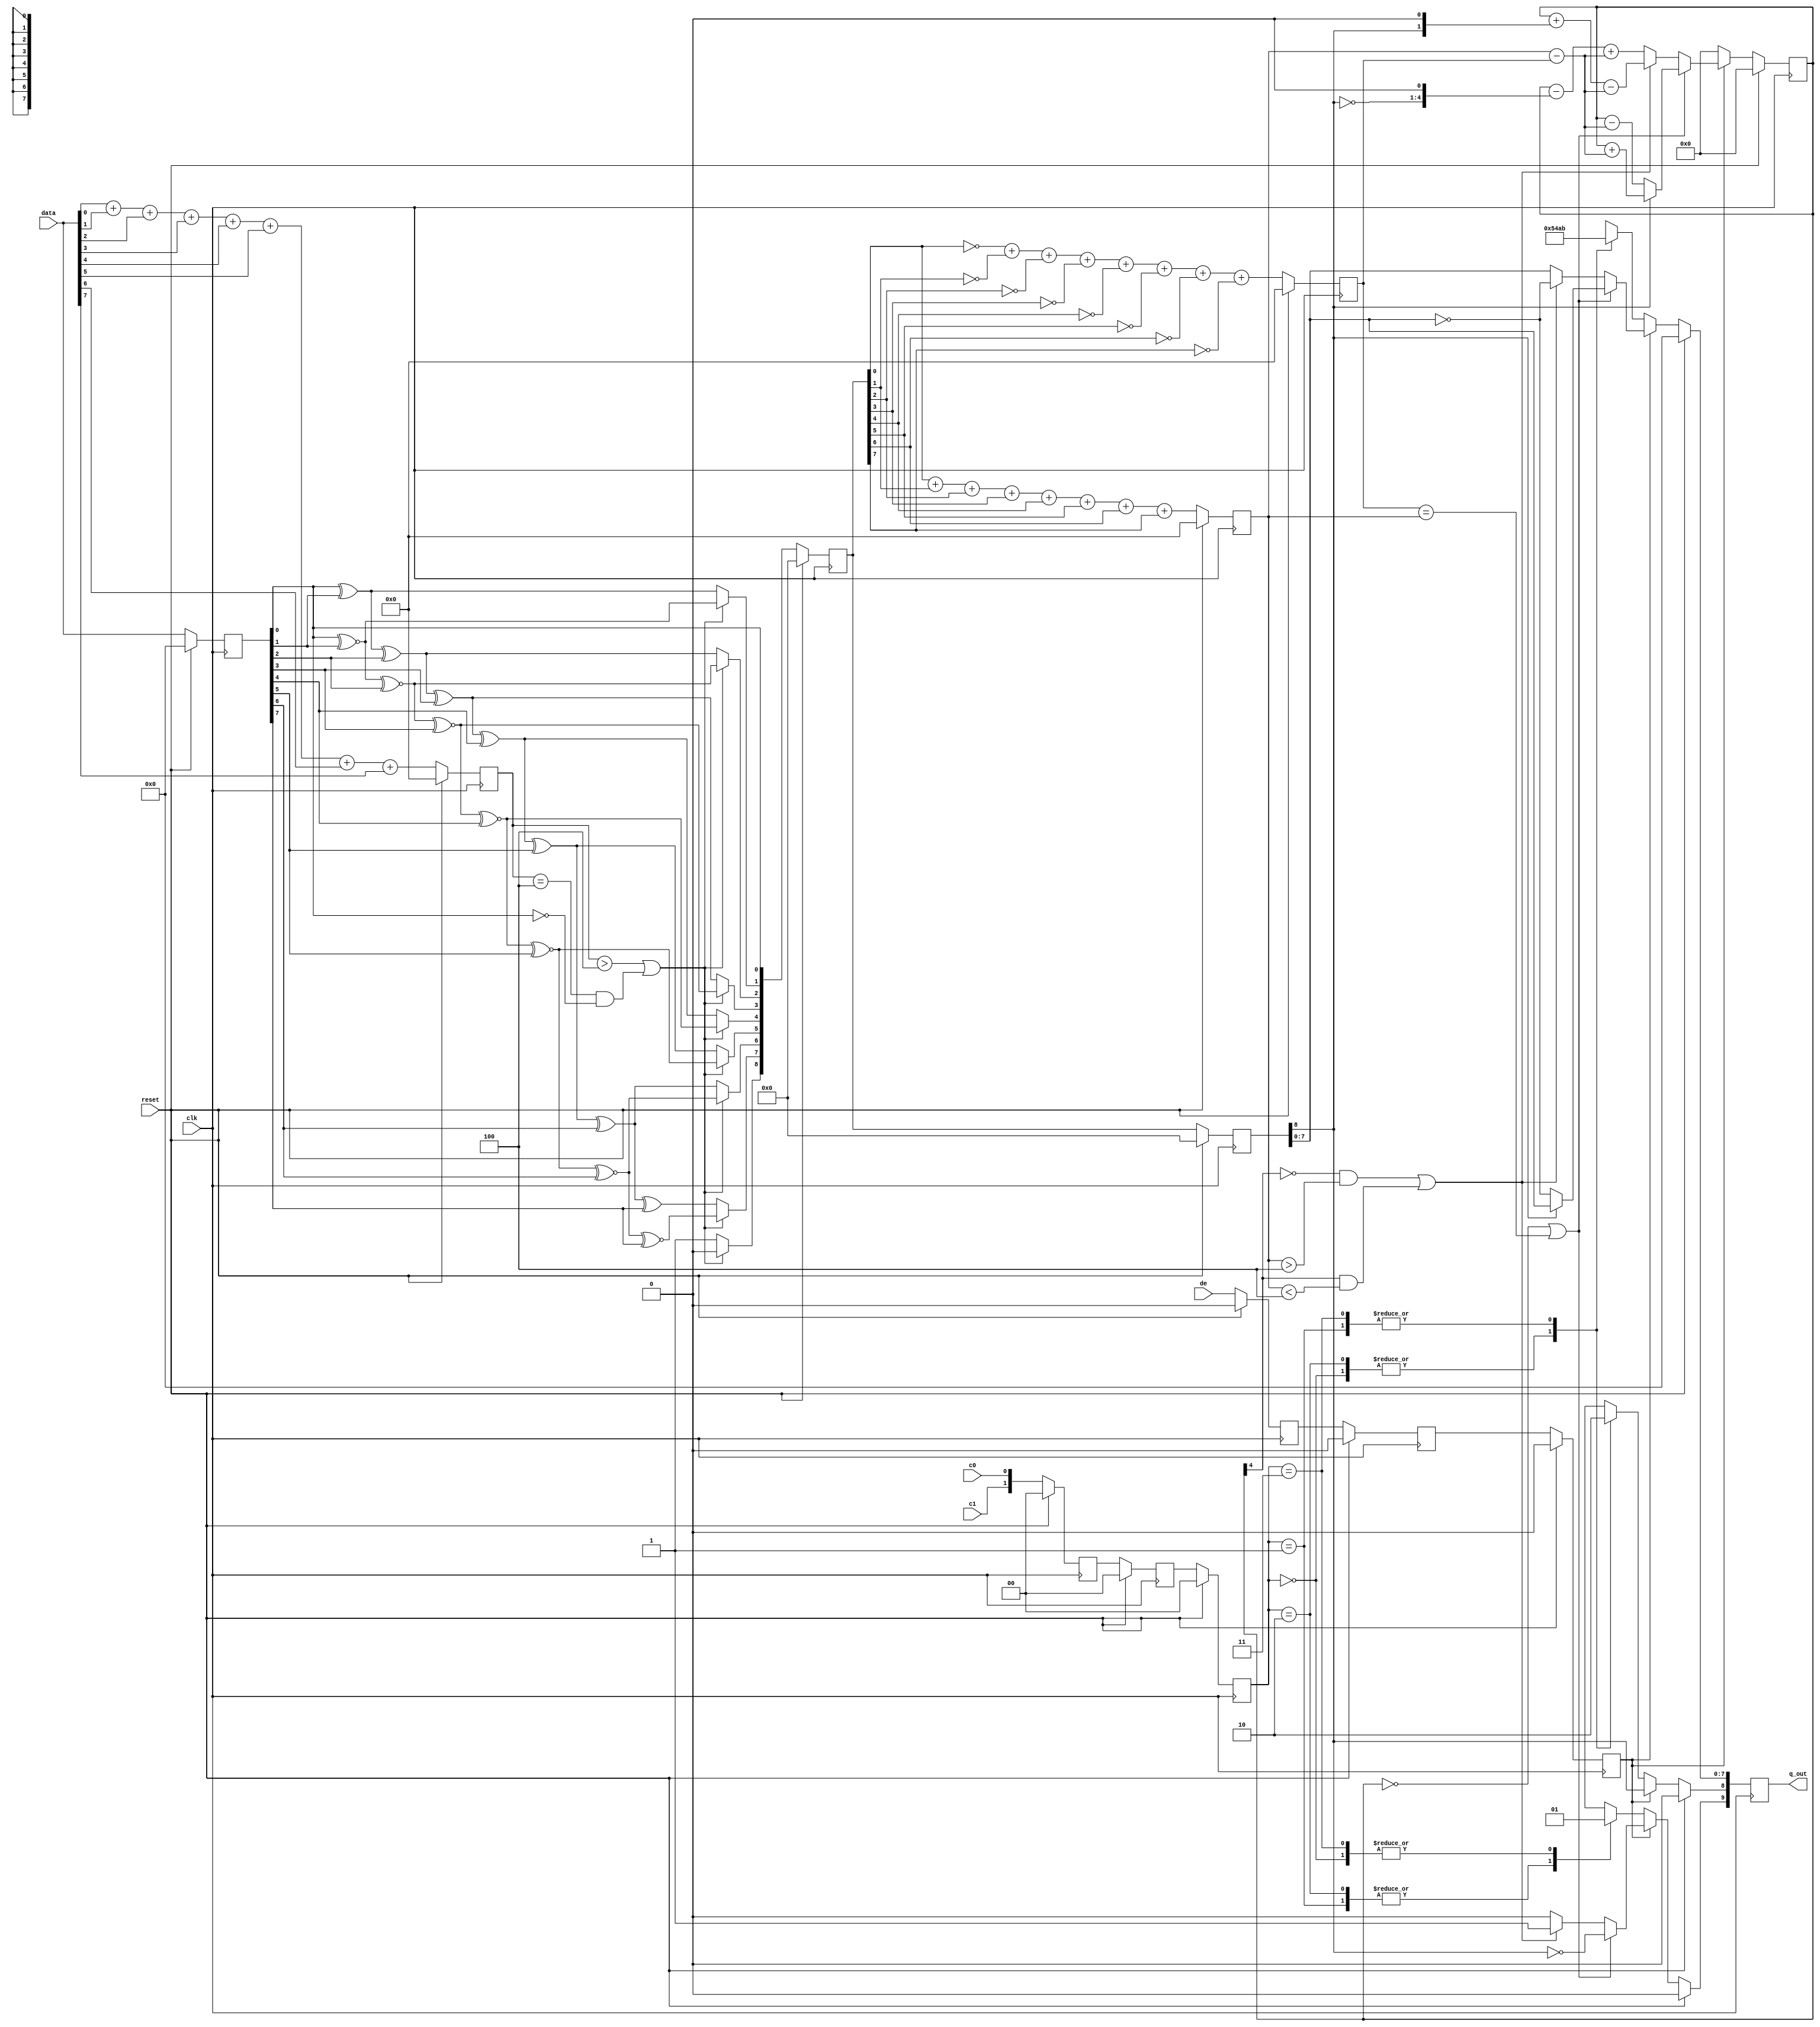
`timescale 1ns / 1ps
//////////////////////////////////////////////////////////////////////////////////
// Company: 
// Engineer: 
// 
// Design Name: 
// Module Name: tmds_channel
// Project Name: 
// Target Devices: 
// Tool Versions: 
// Description: 
// 
// Dependencies: 
// 
// Revision:
// Revision 0.01 - File Created
// Additional Comments:
// 
//////////////////////////////////////////////////////////////////////////////////




module tmds_channel (
	input clk,
	input reset,
	input de,
	input c0,
	input c1,
	input [7:0] data,
	output reg [9:0] q_out
	);

	reg [2:0] de_ibuf;
	reg [1:0] ctrl_ibuf [2:0];
	reg [7:0] data_ibuf;
	reg [8:0] q_m;
	reg [8:0] q_m_buf;

	reg [4:0] count;

	reg [3:0] data_n0;
	reg [3:0] data_n1;
	reg [3:0] q_m_n0;
	reg [3:0] q_m_n1;

	wire [1:0] ctrl;

	assign ctrl = {c1,c0};

/*
	initial begin
		count     <= 0;
		q_m       <= 0;
		q_out     <= 0;
		data_n0   <= 0;
		data_n1   <= 0;
		q_m_n0    <= 0;
		q_m_n1    <= 0;
		data_ibuf <= 0;
		de_ibuf   <= 0;

		ctrl_ibuf[2] <= 0;
		ctrl_ibuf[1] <= 0;
		ctrl_ibuf[0] <= 0;
	end */

//	de, ctrl, data

//	de_ibuf[2], ctrl_ibuf[2], data_ibuf, data_n0, data_n1

	always @(posedge clk) begin
		if(reset) begin
			de_ibuf[2]    <= 0;
			ctrl_ibuf[2]  <= 0;
			data_ibuf     <= 0;

			data_n0 <= 0;
			data_n1 <= 0;
		end else begin
			de_ibuf[2]    <= de;
			ctrl_ibuf[2]  <= ctrl;
			data_ibuf     <= data;

			data_n0 <= ~data[0] + ~data[1] + ~data[2] + ~data[3] + ~data[4] + ~data[5] + ~data[6] + ~data[7];
			data_n1 <=  data[0] +  data[1] +  data[2] +  data[3] +  data[4] +  data[5] +  data[6] +  data[7];
		end
	end

//	de_ibuf[2], ctrl_ibuf[2], data_ibuf, data_n0, data_n1

//	de_ibuf[1], ctrl_ibuf[1], q_m_buf

	always @(posedge clk) begin
		if(reset) begin
			de_ibuf[1]    <= 0;
			ctrl_ibuf[1]  <= 0;
			q_m_buf       <= 0;

		end else begin
			de_ibuf[1]   <= de_ibuf[2];
			ctrl_ibuf[1] <= ctrl_ibuf[2];


			if((data_n1 > 4) | ((data_n1 == 4) & (data_ibuf[0] == 0))) begin
				q_m_buf[0] = data_ibuf[0];
				q_m_buf[1] = q_m_buf[0] ^~ data_ibuf[1];
				q_m_buf[2] = q_m_buf[1] ^~ data_ibuf[2];
				q_m_buf[3] = q_m_buf[2] ^~ data_ibuf[3];
				q_m_buf[4] = q_m_buf[3] ^~ data_ibuf[4];
				q_m_buf[5] = q_m_buf[4] ^~ data_ibuf[5];
				q_m_buf[6] = q_m_buf[5] ^~ data_ibuf[6];
				q_m_buf[7] = q_m_buf[6] ^~ data_ibuf[7];
				q_m_buf[8] = 0;
			end else begin
				q_m_buf[0] = data_ibuf[0];
				q_m_buf[1] = q_m_buf[0] ^ data_ibuf[1];
				q_m_buf[2] = q_m_buf[1] ^ data_ibuf[2];
				q_m_buf[3] = q_m_buf[2] ^ data_ibuf[3];
				q_m_buf[4] = q_m_buf[3] ^ data_ibuf[4];
				q_m_buf[5] = q_m_buf[4] ^ data_ibuf[5];
				q_m_buf[6] = q_m_buf[5] ^ data_ibuf[6];
				q_m_buf[7] = q_m_buf[6] ^ data_ibuf[7];
				q_m_buf[8] = 1;
			end
		end
	end

//	de_ibuf[1], ctrl_ibuf[1], q_m_buf

//	de_ibuf[0], ctrl_ibuf[0], q_m, q_m_n0, q_m_n1

	always @(posedge clk) begin
		if(reset) begin
			de_ibuf[0]   <= 0;
			ctrl_ibuf[0] <= 0;

			q_m_n0       <= 0;
			q_m_n1       <= 0;
			q_m          <= 0;
		end else begin
			de_ibuf[0]   <= de_ibuf[1];
			ctrl_ibuf[0] <= ctrl_ibuf[1];

			q_m          <= q_m_buf;

			q_m_n0 <= ~q_m_buf[0] + ~q_m_buf[1] + ~q_m_buf[2] + ~q_m_buf[3] + ~q_m_buf[4] + ~q_m_buf[5] + ~q_m_buf[6] + ~q_m_buf[7];
			q_m_n1 <=  q_m_buf[0] +  q_m_buf[1] +  q_m_buf[2] +  q_m_buf[3] +  q_m_buf[4] +  q_m_buf[5] +  q_m_buf[6] +  q_m_buf[7];

		end
	end

//	de_ibuf[0], ctrl_ibuf[0], q_m, q_m_n0, q_m_n1

//	q_out, count, count_prev

	always @(posedge clk) begin
		if(reset) begin
			q_out <= 0;
			count = 0;
		end else begin

			if(de_ibuf[0]) begin

				if((count == 0) || (q_m_n0 == q_m_n1)) begin
					q_out[9]   <= ~q_m[8];
					q_out[8]   <=  q_m[8];
					q_out[7:0] <=  q_m[8] ? q_m[7:0] : ~q_m[7:0];

					if(q_m[8] == 0) begin
						count <=#1 count - (q_m_n1 - q_m_n0);
					end else begin
						count <=#1 count + (q_m_n1 - q_m_n0);
					end

				end else if(((~count[4]) && (q_m_n1 > 4)) || ((count[4]) && (q_m_n1 < 4))) begin
					q_out[9]   <=  1;
					q_out[8]   <=  q_m[8];
					q_out[7:0] <= ~q_m[7:0];
					count      <=#1 count + (q_m[8] << 1) - (q_m_n1 - q_m_n0); 
				end else begin
					q_out[9]   <=  0;
					q_out[8]   <=  q_m[8];
					q_out[7:0] <=  q_m[7:0];
					count      <=#1 count - (~q_m[8] << 1) + (q_m_n1 - q_m_n0); 
				end
			end else begin
				count <= 0;

				case(ctrl_ibuf[0][1:0])
				2'b00: q_out <= 10'b1101010100;
				2'b01: q_out <= 10'b0010101011;
				2'b10: q_out <= 10'b0101010100;
				2'b11: q_out <= 10'b1010101011;
				endcase
			end
		end
	end

endmodule